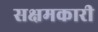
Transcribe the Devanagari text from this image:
सक्षमकारी